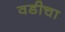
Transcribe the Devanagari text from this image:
वडीचा